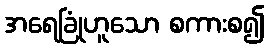
အရေခြုံဟူသော စကားစ၍